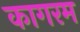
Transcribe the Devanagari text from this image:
कागरम